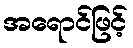
အရောင်ဖြင့်